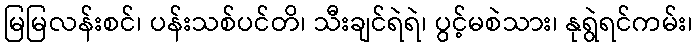
မြမြလန်းစင်၊ ပန်းသစ်ပင်တိ၊ သီးချင်ရဲရဲ၊ ပွင့်မစဲသား၊ နုရွဲရင်ကမ်း၊